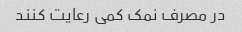
در مصرف نمک کمی رعایت کنند